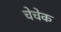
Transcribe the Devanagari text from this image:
चेचेक